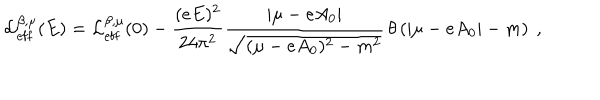
{ \cal L } _ { \mathrm { e f f } } ^ { \beta , \mu } ( E ) = { \cal L } _ { \mathrm { e f f } } ^ { \beta , \mu } ( 0 ) - \frac { ( e E ) ^ { 2 } } { 2 4 \pi ^ { 2 } } \frac { | \mu - e A _ { 0 } | } { \sqrt { ( \mu - e A _ { 0 } ) ^ { 2 } - m ^ { 2 } } } \, \theta \left( | \mu - e A _ { 0 } | - m \right) \ ,